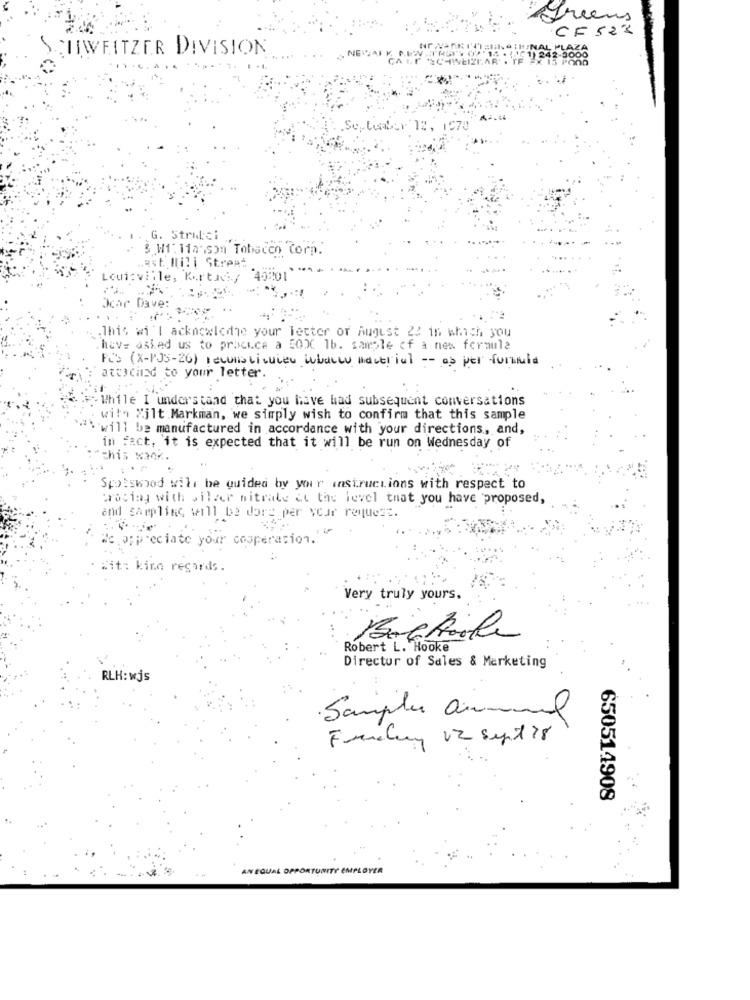
greens
CF 523
SCHWEITZER DIVISION
LIZAR
tuber 12, 1970
G. Strulci
3 W1: 11arson Tobacco Corp.
Last Mili Street
uicville, Kortach, 4320 * ****
Ocar Dave:
.This wi'| acknowledge your letter of August 22 in which you
hav= asked us to procica a 50XC 1b. sample of a new formula
PCS (X-PJ5-26) reconstituien whales mactrial - as per formula
attached to your letter.
While I understand that you have had subsequent conversations
with "jlt Markman, we simply wish to confirm that this sample
will be manufactured in accordance with your directions, and,
in fact, it is expected that it will be run on Wednesday of
This waer.
Spotswood will be guided by your instructions with respect to
prosimy with silver nitrate at the level that you have proposed,
ond sarpling will be dore per your request.
;preciate your cooperation.""
kind regards.
Very truly yours.
Backale
Robert L. Hooke
Director of Sales & Marketing
RLH: wjs
·Samples annuel
Funcluy 12 Sept 28
650514908
AN EQUAL OPPORTUNITY EMPLOYER